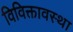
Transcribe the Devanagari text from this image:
विविक्तावस्था